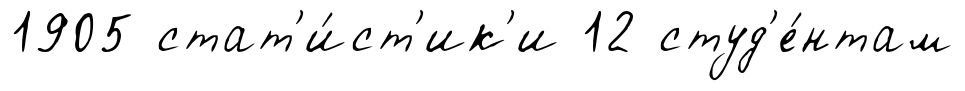
1905 стат'и́ст'ик'и 12 студ'е́нтам